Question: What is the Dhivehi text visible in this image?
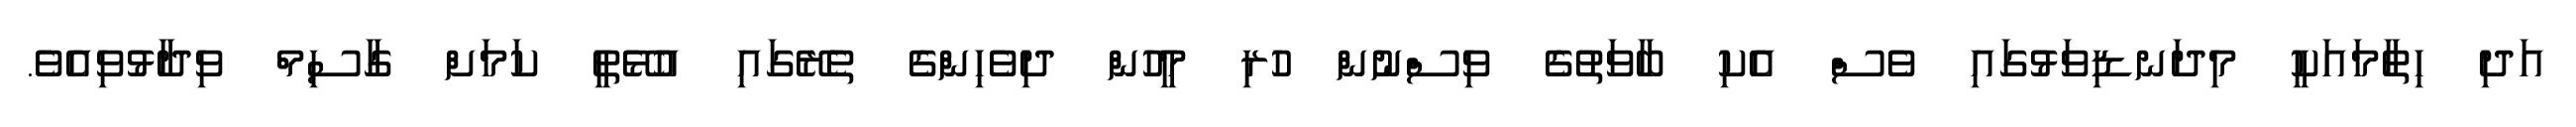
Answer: އަދި ހިތާމައަކީ މިދަނޑިވަޅުގައި ވެސް އެކި ބާވަތުގެ ވިސްނުން ހުރި މީހުން ދިވެހިންގެ ތެރޭގައި އުޅޭތީ ކަމަށް ގާސިމް ވިދާޅުވިއެވެ.